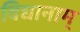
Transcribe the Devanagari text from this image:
विद्यानाम्